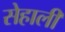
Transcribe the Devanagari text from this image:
सेहाली